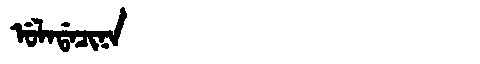
Manchu: ᡠᠯᠠᡩᠠᠴᡳᠨᠠ
Romanization: ULADACINA